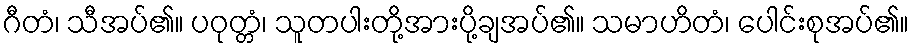
ဂီတံ၊ သီအပ်၏။ ပဝုတ္တံ၊ သူတပါးတို့အားပို့ချအပ်၏။ သမာဟိတံ၊ ပေါင်းစုအပ်၏။